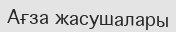
Ағза жасушалары